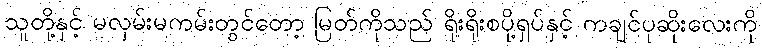
သူတို့နှင့် မလှမ်းမကမ်းတွင်တော့ မြတ်ကိုသည် ရိုးရိုးစပို့ရှပ်နှင့် ကချင်ပုဆိုးလေးကို